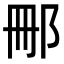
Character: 𮟰